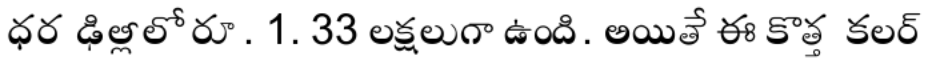
ధర ఢిల్లీలో రూ. 1. 33 లక్షలుగా ఉంది. అయితే ఈ కొత్త కలర్